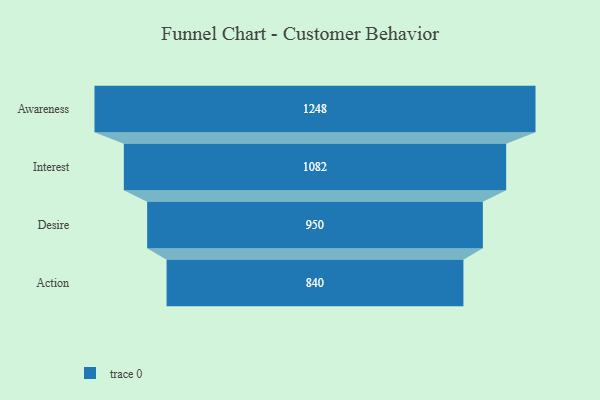
{"axis": {"x": "Stage", "y": "Value"}, "legend": [""], "data": [{"x": "Awareness", "y": 1248.0, "type": ""}, {"x": "Interest", "y": 1082.0, "type": ""}, {"x": "Desire", "y": 950.0, "type": ""}, {"x": "Action", "y": 840.0, "type": ""}]}